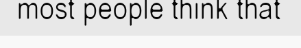
most people think that